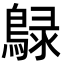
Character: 鵦